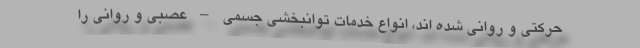
حرکتی و روانی شده اند، انواع خدمات توانبخشی جسمی – عصبی و روانی را